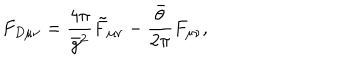
F _ { D \mu \nu } = \frac { 4 \pi } { \bar { g } ^ { 2 } } \tilde { F } _ { \mu \nu } - \frac { \bar { \theta } } { 2 \pi } F _ { \mu \nu } ,